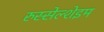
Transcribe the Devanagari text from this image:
रुस्सेल्शेइम